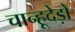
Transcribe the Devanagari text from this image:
चान्हूदेड़ो